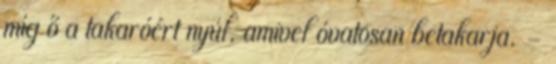
míg ő a takaróért nyúl, amivel óvatosan betakarja. –